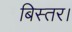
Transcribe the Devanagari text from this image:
बिस्तर।